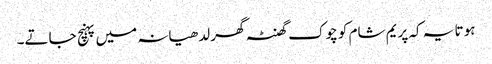
ہوتا یہ کہ پریم شام کو چوک گھنٹہ گھر لدھیانہ میں پہنچ جاتے۔